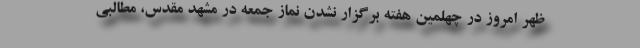
ظهر امروز در چهلمین هفته برگزار نشدن نماز جمعه در مشهد مقدس، مطالبی